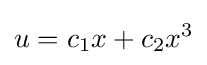
u=c_{1}x+c_{2}x^{3}